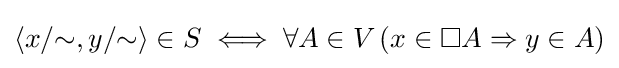
\langle x/{\sim },y/{\sim }\rangle \in S\iff \forall A\in V\,(x\in \Box A\Rightarrow y\in A)